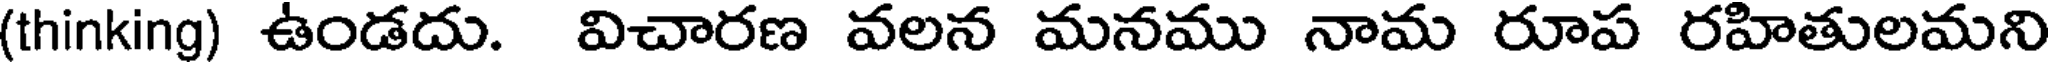
(thinking) ఉండదు. విచారణ వలన మనము నామ రూప రహితులమని